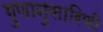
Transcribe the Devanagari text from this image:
गुणानुसारिणी